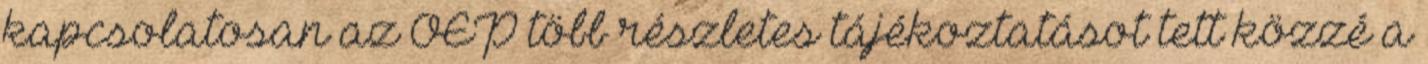
kapcsolatosan az OEP több részletes tájékoztatásot tett közzé a